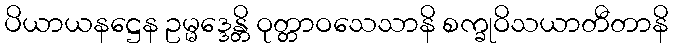
ပိယာယနဋ္ဌေန ဥမ္မဒ္ဒေန္တိ ဝုတ္တာဝသေသာနိ စက္ခုဝိသယာတီတာနိ